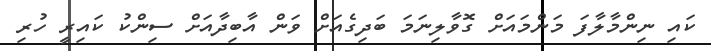
ކައި ނިންމާލާފަ މަންމައަށް ގޮވާލިނަމަ ބަދިގެއަށް ވަން އާބިދާއަށް ސިންކު ކައިރީ ހުރި